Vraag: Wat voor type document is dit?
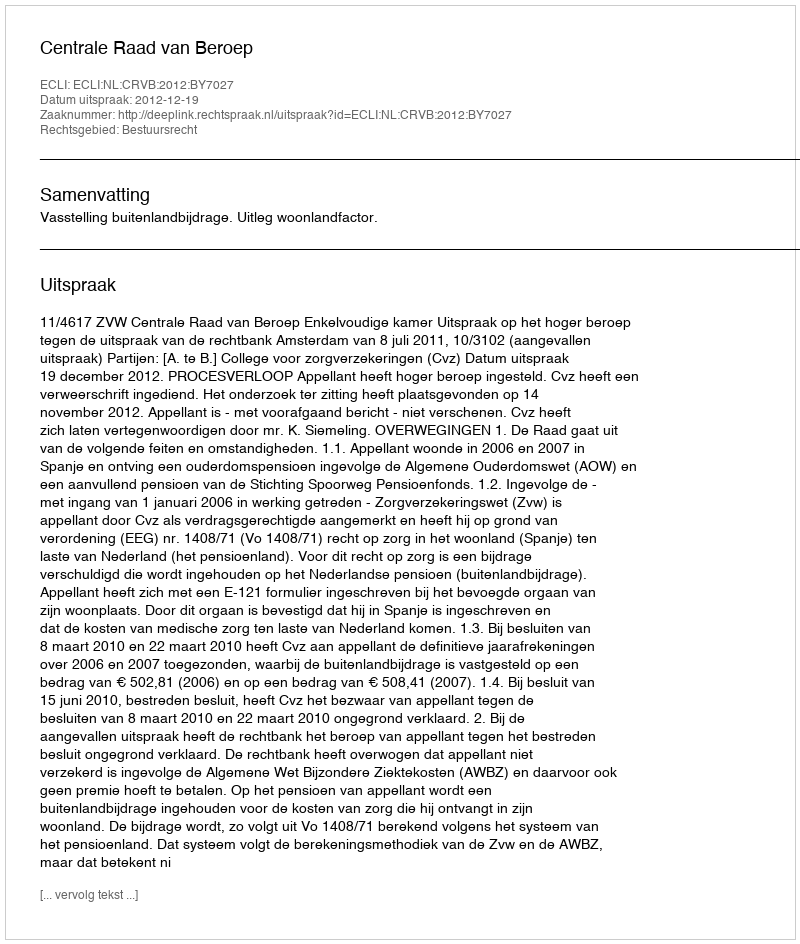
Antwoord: Uitspraak